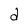
Character: d